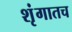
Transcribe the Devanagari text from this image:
शृंगातच